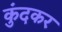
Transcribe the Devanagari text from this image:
कुंदकर